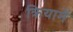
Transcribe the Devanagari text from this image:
क्रियामें